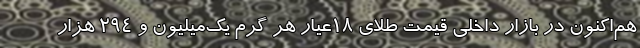
هم‌اکنون در بازار داخلی قیمت طلای 18عیار هر گرم یک‌میلیون و 294 هزار